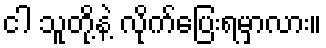
ငါ သူတို့နဲ့ လိုက်ပြေးရမှာလား။